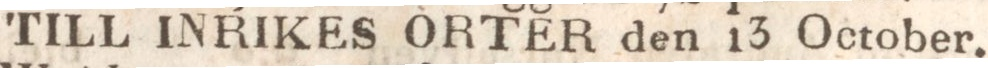
TILL INRIKES ORTER den 13 October.